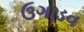
ઉગાડવ